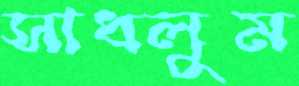
সাধলুম